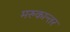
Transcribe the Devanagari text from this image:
मरुकान्तर